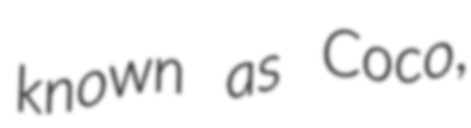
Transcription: known as Coco,